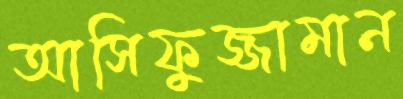
আসিফুজ্জামান